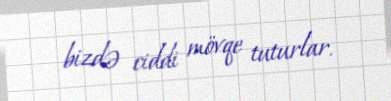
bizdə ciddi mövqe tuturlar.